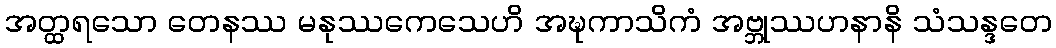
အတ္ထရသော တေနဿ မနုဿကေသေဟိ အဍ္ဎကာသိကံ အဗ္ဘုဿဟနာနိ သံသန္ဒတေ